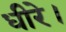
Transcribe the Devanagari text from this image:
धीरे।